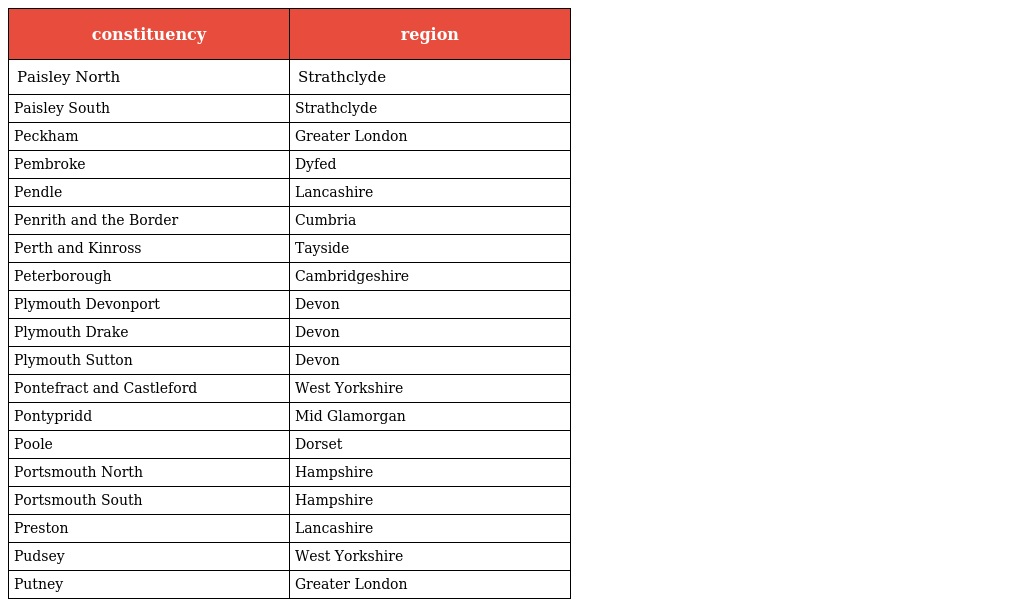
| constituency | region |
 | --- | --- |
 | Paisley North | Strathclyde |
 | Paisley South | Strathclyde |
 | Peckham | Greater London |
 | Pembroke | Dyfed |
 | Pendle | Lancashire |
 | Penrith and the Border | Cumbria |
 | Perth and Kinross | Tayside |
 | Peterborough | Cambridgeshire |
 | Plymouth Devonport | Devon |
 | Plymouth Drake | Devon |
 | Plymouth Sutton | Devon |
 | Pontefract and Castleford | West Yorkshire |
 | Pontypridd | Mid Glamorgan |
 | Poole | Dorset |
 | Portsmouth North | Hampshire |
 | Portsmouth South | Hampshire |
 | Preston | Lancashire |
 | Pudsey | West Yorkshire |
 | Putney | Greater London |